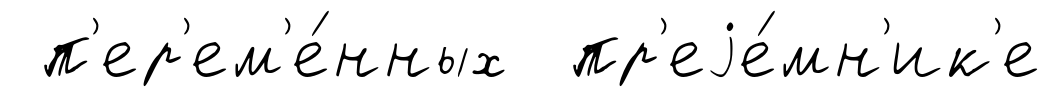
п'ер'ем'е́нных пр'еjе́мн'ик'е